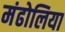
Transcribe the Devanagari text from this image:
मंढोलिया